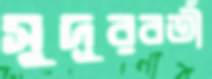
সুদূরবর্তী